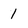
Character: 1